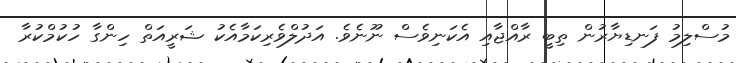
މުސްލިމު ފަނޑިޔާރުން ތިބީ ރާއްޖާއި އެކަނިވެސް ނޫނެވެ. އަދުލްވެރިކަމާއެކު ޝަރީއަތް ހިންގާ ހުކުމްކުރާ